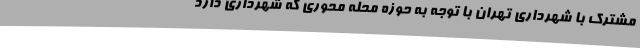
مشترک با شهرداری تهران با توجه به حوزه محله محوری که شهرداری دارد